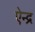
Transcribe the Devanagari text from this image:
ऐन्‍द्र